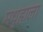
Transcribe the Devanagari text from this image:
मधुहाला